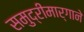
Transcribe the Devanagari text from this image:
समुद्रीमार्गाने